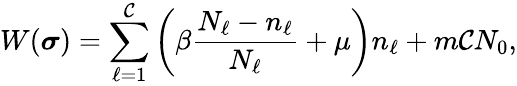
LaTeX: W(\boldsymbol{\sigma})=\sum_{\ell=1}^{\mathcal{C}}\left(\beta\frac{N_{\ell}-n_{\ell}}{N_{\ell}}+\mu\right)n_{\ell}+m\mathcal{C}N_{0},